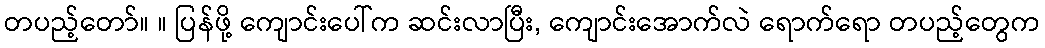
တပည့်တော်။ ။ ပြန်ဖို့ ကျောင်းပေါ်က ဆင်းလာပြီး, ကျောင်းအောက်လဲ ရောက်ရော တပည့်တွေက